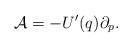
LaTeX: \begin{align*}\mathcal{A}= - U'(q) \partial_p. \end{align*}